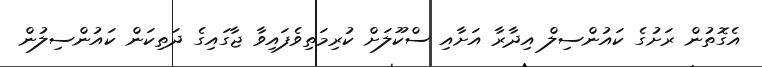
އެގޮތުން ރަށުގެ ކައުންސިލް އިދާރާ އަށާއި ސްކޫލަށް ކުރިމަތިވެފައިވާ ޖާގައިގެ ދަތިކަން ކައުންސިލުން